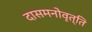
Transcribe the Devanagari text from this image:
दासमनोवृत्ति